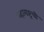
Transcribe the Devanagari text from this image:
महाराष्ट्रची